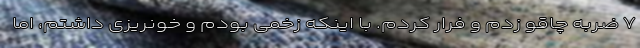
۷ ضربه چاقو زدم و فرار کردم. با اینکه زخمی بودم و خونریزی داشتم، اما